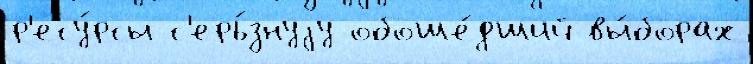
р'есу́рсы с'ерь́знуjу обоше́дший вы́борах